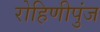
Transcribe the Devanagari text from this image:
रोहिणीपुंज